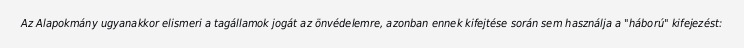
Az Alapokmány ugyanakkor elismeri a tagállamok jogát az önvédelemre, azonban ennek kifejtése során sem használja a "háború" kifejezést: